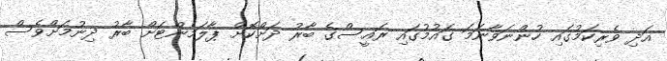
އަދި ވެރިކަމުގައި ހުންނަވާނަމަ ގައުމުގައި ރައީސްގެ ބާރު ދަށްކޮށް ޕާލަމެންޓަށް ބާރު ދިނުމަށްވެސް